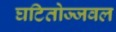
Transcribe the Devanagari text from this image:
घटितोज्जवल